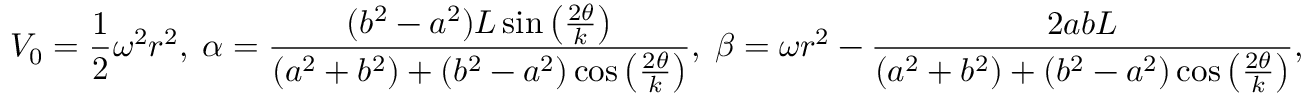
V _ { 0 } = \frac { 1 } { 2 } \omega ^ { 2 } r ^ { 2 } , \; \alpha = \frac { ( b ^ { 2 } - a ^ { 2 } ) L \sin \left( \frac { 2 \theta } { k } \right) } { ( a ^ { 2 } + b ^ { 2 } ) + ( b ^ { 2 } - a ^ { 2 } ) \cos \left( \frac { 2 \theta } { k } \right) } , \; \beta = \omega r ^ { 2 } - \frac { 2 a b L } { ( a ^ { 2 } + b ^ { 2 } ) + ( b ^ { 2 } - a ^ { 2 } ) \cos \left( \frac { 2 \theta } { k } \right) } ,